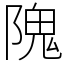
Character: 隗